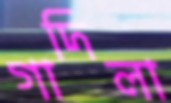
গাদিলা